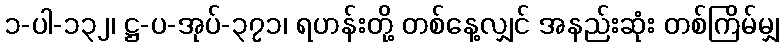
၁-ပါ-၁၃၂၊ ဋ္ဌ-ပ-အုပ်-၃၇၁၊ ရဟန်းတို့ တစ်နေ့လျှင် အနည်းဆုံး တစ်ကြိမ်မျှ